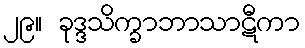
၂၉။ ခုဒ္ဒသိက္ခာဘာသာဋီကာ